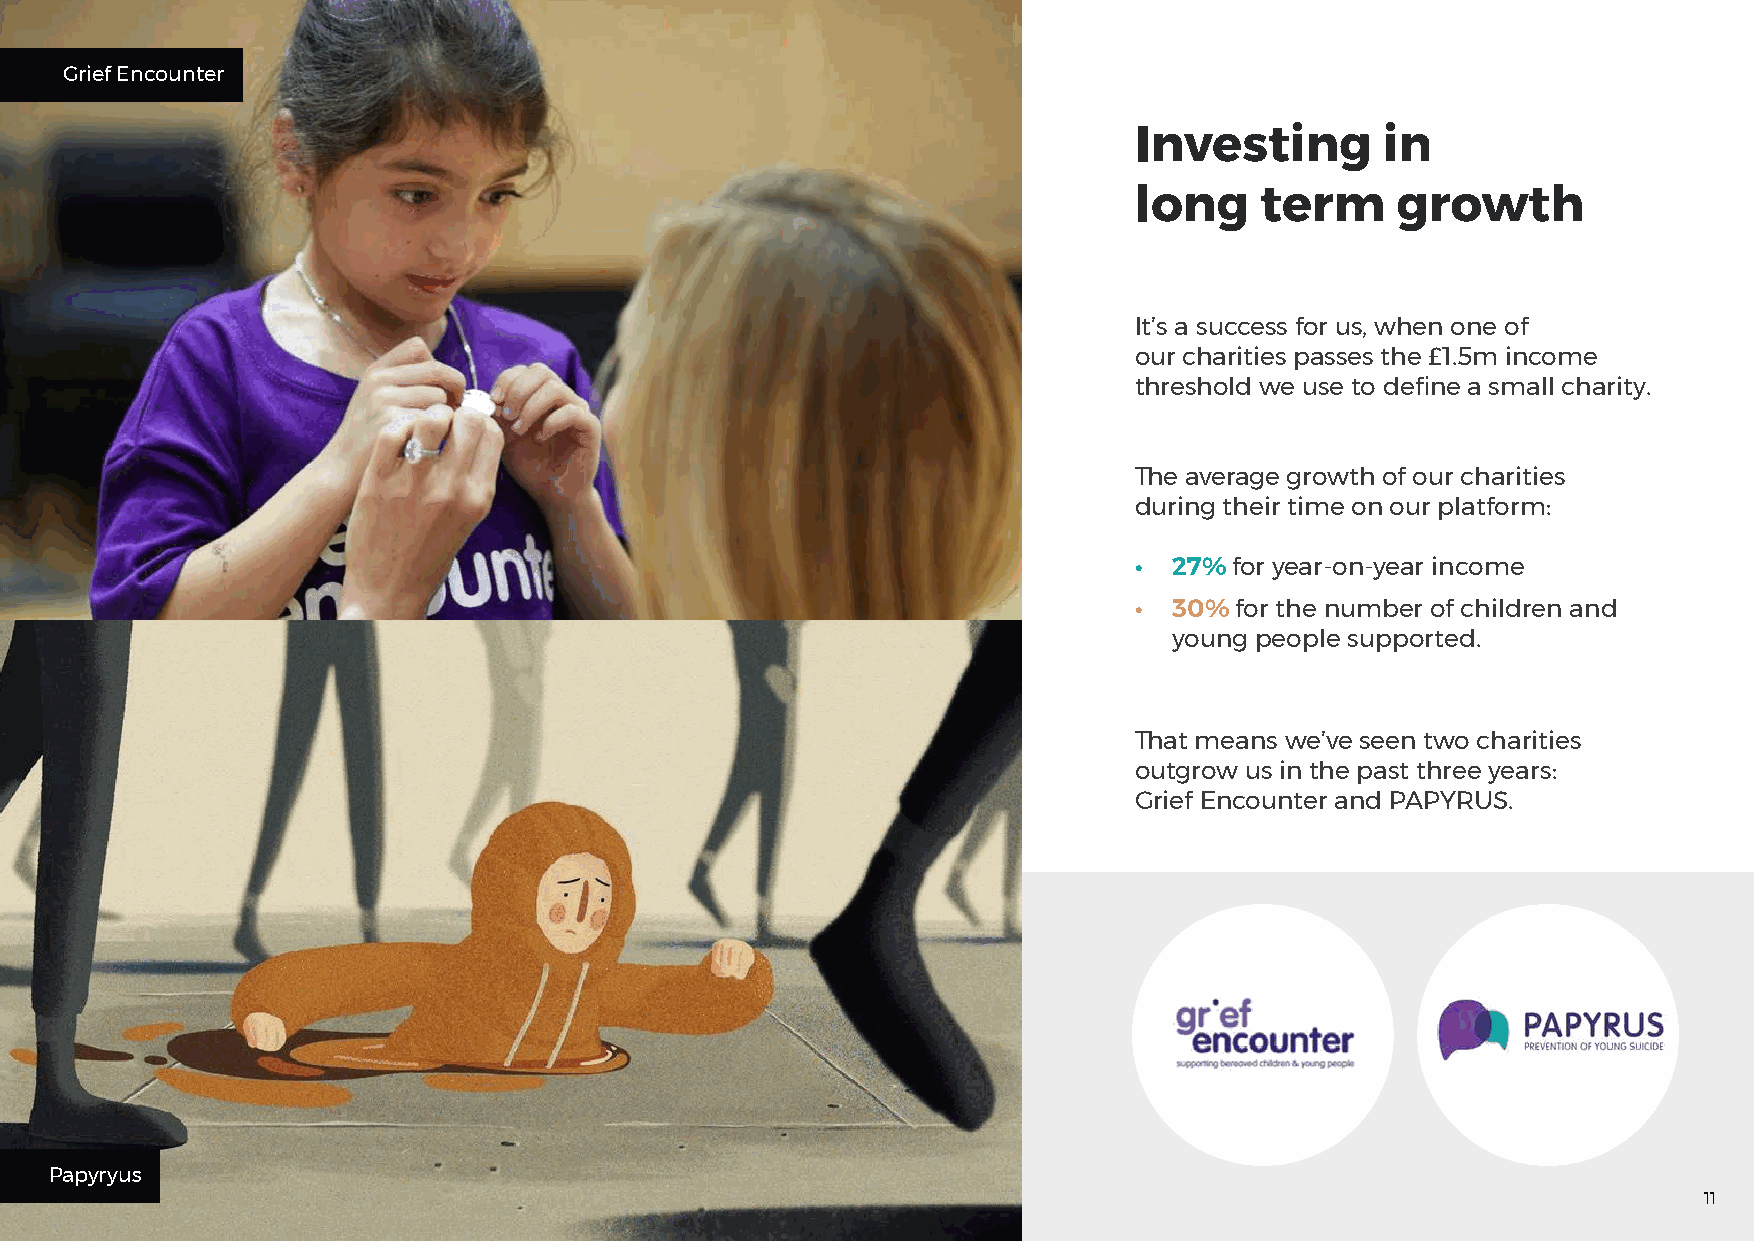
Grief Encounter
 Investing        in
 long    term     growth
 It’s a success for us, when one of
 our charities passes the £1.5m income
 threshold we use to define a small charity.
 The average growth of our charities
 during their time on our platform:
 •  27%for year-on-year income
 •  30% for the number of children and
 young people supported.
 That means we’ve seen two charities
 outgrow us in the past three years:
 Grief Encounter and PAPYRUS.
 Papyryus
 11